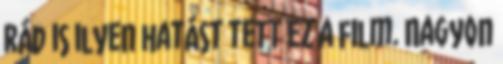
rád is ilyen hatást tett ez a film. Nagyon